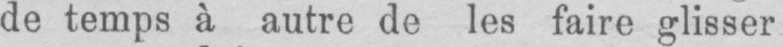
de temps à autre de les faire glisser